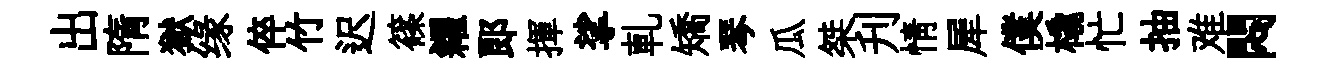
出隋獄缘倅竹迟篠糴郞揮挲軋矯琴瓜桀刋情犀僕橇忙抽难悶